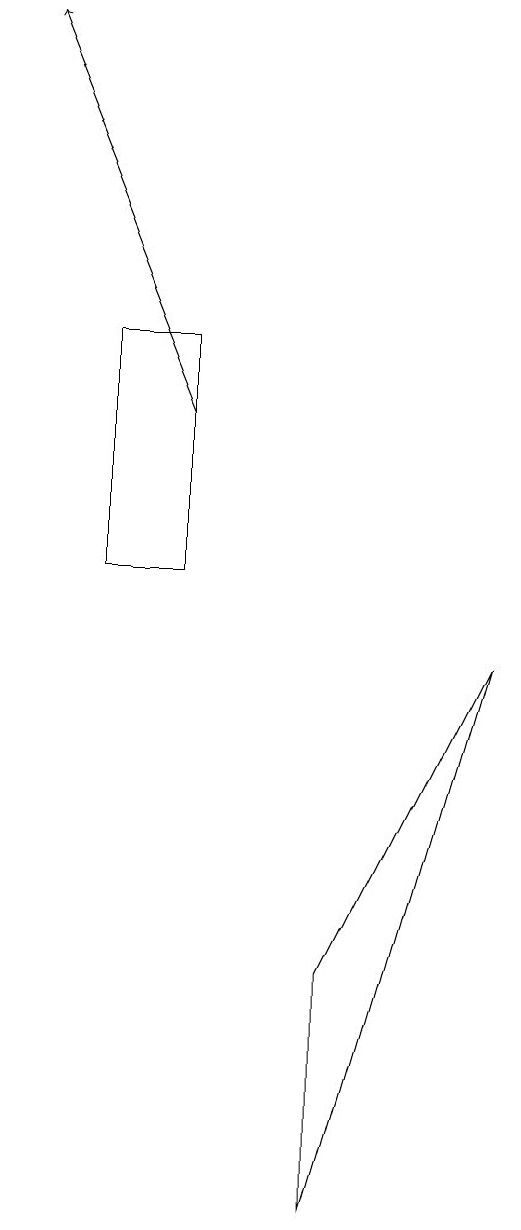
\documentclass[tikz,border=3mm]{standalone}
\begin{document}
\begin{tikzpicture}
\draw[->] (5,12) -- (3,17);
\draw (7,5) -- (7,2) -- (9,9) -- cycle;
\draw (5,10) rectangle (4,13);
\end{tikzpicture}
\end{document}